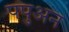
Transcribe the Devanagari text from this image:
पपुअन